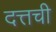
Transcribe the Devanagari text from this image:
दत्तची